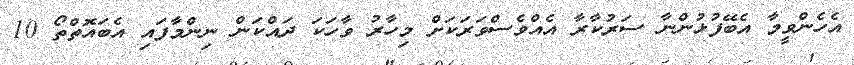
އެހެންވީމާ އެބޭފުޅުންނާ ސަރުކާރާ އެއްވެސްވަރަކަށް މިހާރު ވާހަކަ ދައްކަން ނިންމާފައި އެބައޮތްތޯ 10